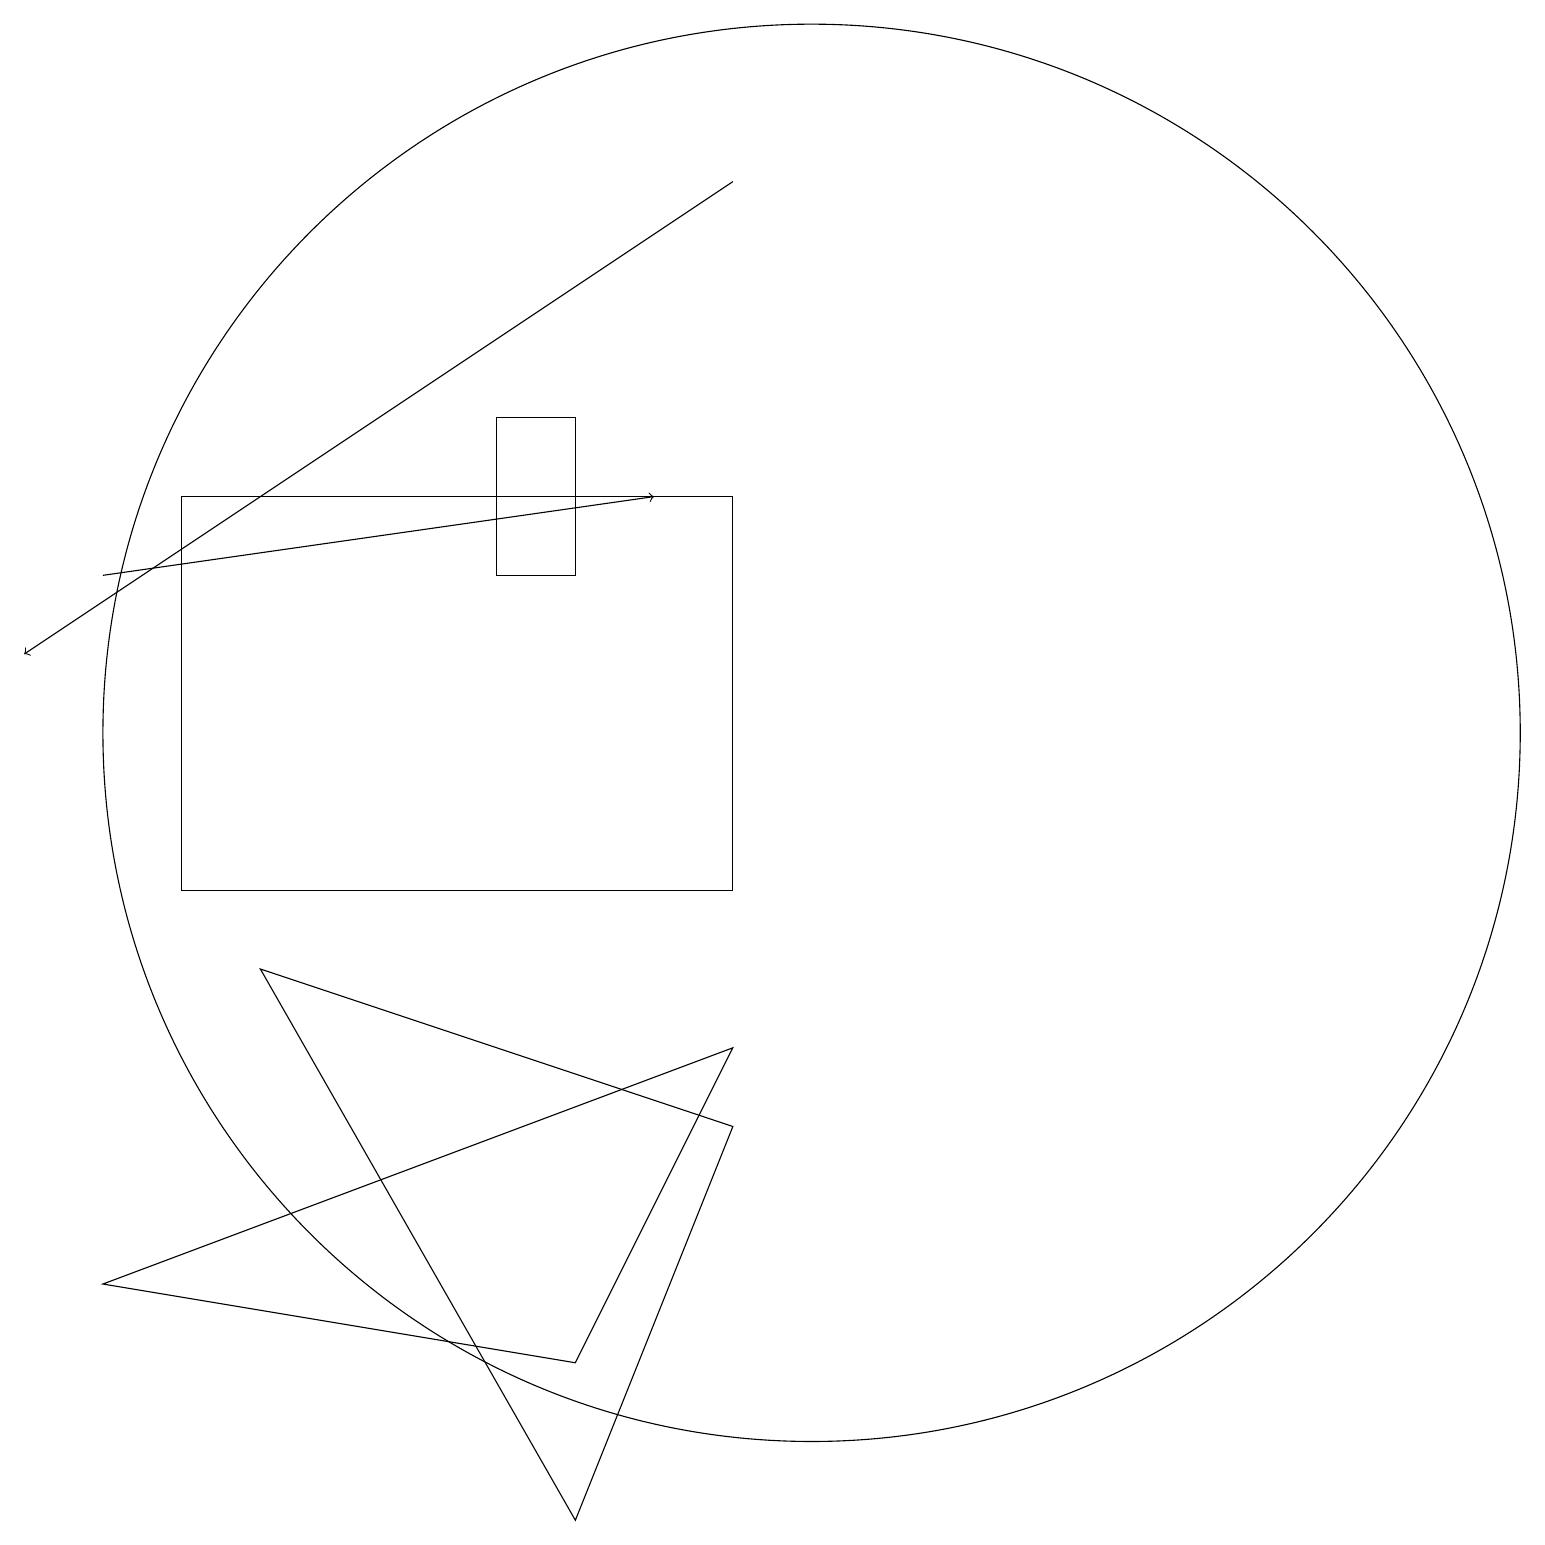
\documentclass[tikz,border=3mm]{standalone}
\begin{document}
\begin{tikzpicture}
\draw[->] (1,14) -- (8,15);
\draw (3,9) -- (7,2) -- (9,7) -- cycle;
\draw[->] (9,19) -- (0,13);
\draw (10,12) circle (9);
\draw (9,10) rectangle (2,15);
\draw (7,14) rectangle (6,16);
\draw (1,5) -- (7,4) -- (9,8) -- cycle;
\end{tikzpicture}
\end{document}